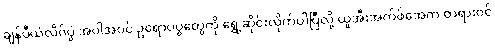
ချန်ပီယံလိဂ်ပွဲ အပါအဝင် ဥရောပပွဲတွေကို ရွှေ့ဆိုင်းလိုက်ပါပြီလို့ ယူအီးအက်ဖ်အေက တရားဝင်